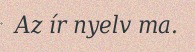
Az ír nyelv ma.